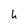
Character: 4